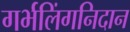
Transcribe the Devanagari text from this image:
गर्भलिंगनिदान